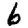
Digit: 6